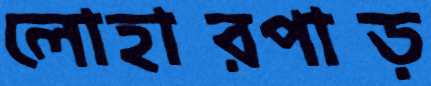
লোহারপাড়